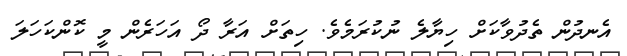
އެނދުން ތެދުވާކަށް ހިޔާލެ ނުކުރަމެވެ. ހިތަށް އަރާ ދޯ އަހަރެން މީ ކޮންކަހަލަ